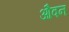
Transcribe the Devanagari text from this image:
औवन